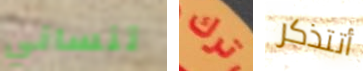
تنساني ترك أتتذكر